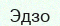
Эдзо